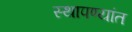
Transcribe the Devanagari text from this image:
स्थापण्यांत